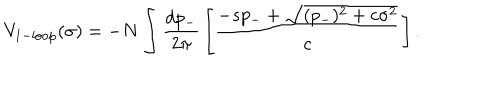
LaTeX: V _ { 1 - \mathrm { l o o p } } ( \sigma ) = - N \int { \frac { d p _ { - } } { 2 \pi } } \left[ { \frac { - s p _ { - } + \sqrt { ( p _ { - } ) ^ { 2 } + c \sigma ^ { 2 } } } { c } } \right] .